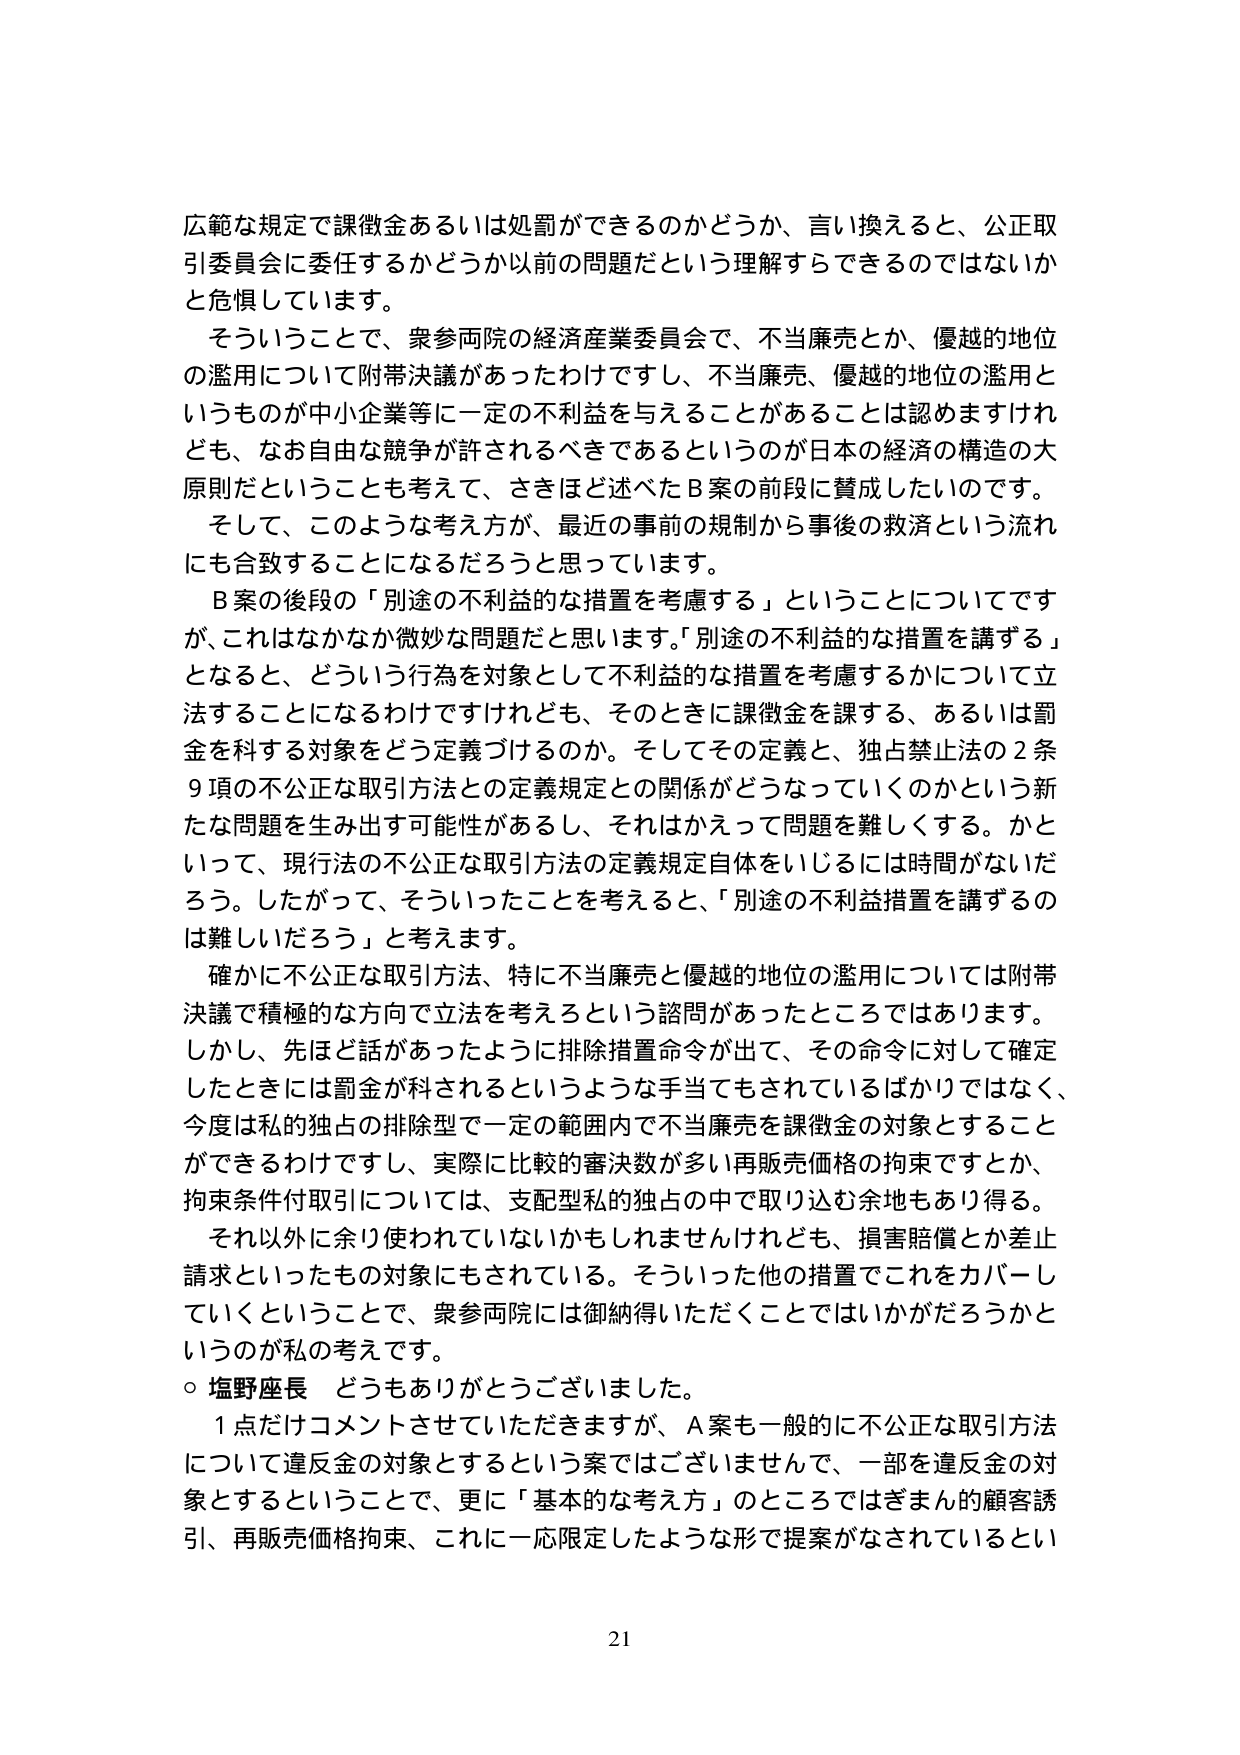
広範な規定で課徴金あるいは処罰ができるのかどうか、言い換えると、公正取引委員会に委任するかどうか以前の問題だという理解すらできるのではないかと危惧しています。

そういうことで、衆参両院の経済産業委員会で、不当廉売とか、優越的地位の濫用について附帯決議があったわけですし、不当廉売、優越的地位の濫用というものが中小企業等に一定の不利益を与えることがあることは認めますけれども、なお自由な競争が許されるべきであるというのが日本の経済の構造の大原則だということも考えて、さきほど述べたB案の前段に賛成したいのです。

そして、このような考え方が、最近の事前の規制から事後の救済という流れにも合致することになるだろうと思っています。

B案の後段の「別途の不利益的な措置を考慮する」ということについてですが、これはなかなか微妙な問題だと思います。「別途の不利益的な措置を講ずる」となると、どういう行為を対象として不利益的な措置を考慮するかについて立法することになるわけですが、そのときに課徴金を課する、あるいは罰金を科する対象をどう定義づけるのか。そしてその定義と、独占禁止法の2条9項の不公正な取引方法との定義規定との関係がどうなっていくのかという新たな問題を生み出す可能性があるし、それはかえって問題を難しくする。かといって、現行法の不公正な取引方法の定義規定自体をいじるには時間がないだろう。したがって、そういったことを考えると、「別途の不利益措置を講ずるのは難しいだろう」と考えます。

確かに不公正な取引方法、特に不当廉売と優越的地位の濫用については附帯決議で積極的な方向で立法を考えるという諮問があったところではあります。しかし、先ほど話があったように排除措置命令が出て、その命令に対して確定したときには罰金が科されるというような手当てもされているばかりではなく、今度は私的独占の排除型で一定の範囲内で不当廉売を課徴金の対象とすることができるわけですし、実際に比較的審決数が多い再販売価格の拘束ですとか、拘束条件付取引については、支配型私的独占の中で取り込む余地もあり得る。

それ以外に余り使われていないかもしれませんが、損害賠償とか差止請求といったもの対象にもされている。そういった他の措置でこれをカバーしていくということで、衆参両院には御納得いただくことではいかがだろうかというのが私の考えです。

○ 塩野座長 どうもありがとうございました。

1点だけコメントさせていただきますが、A案も一般的に不公正な取引方法について違反金の対象とするという案ではございませんで、一部を違反金の対象とするということで、更に「基本的な考え方」のところではざまんの顧客誘引、再販売価格拘束、これに一応限定したような形で提案がなされているとい

21